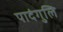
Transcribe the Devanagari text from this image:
पादंगुलि